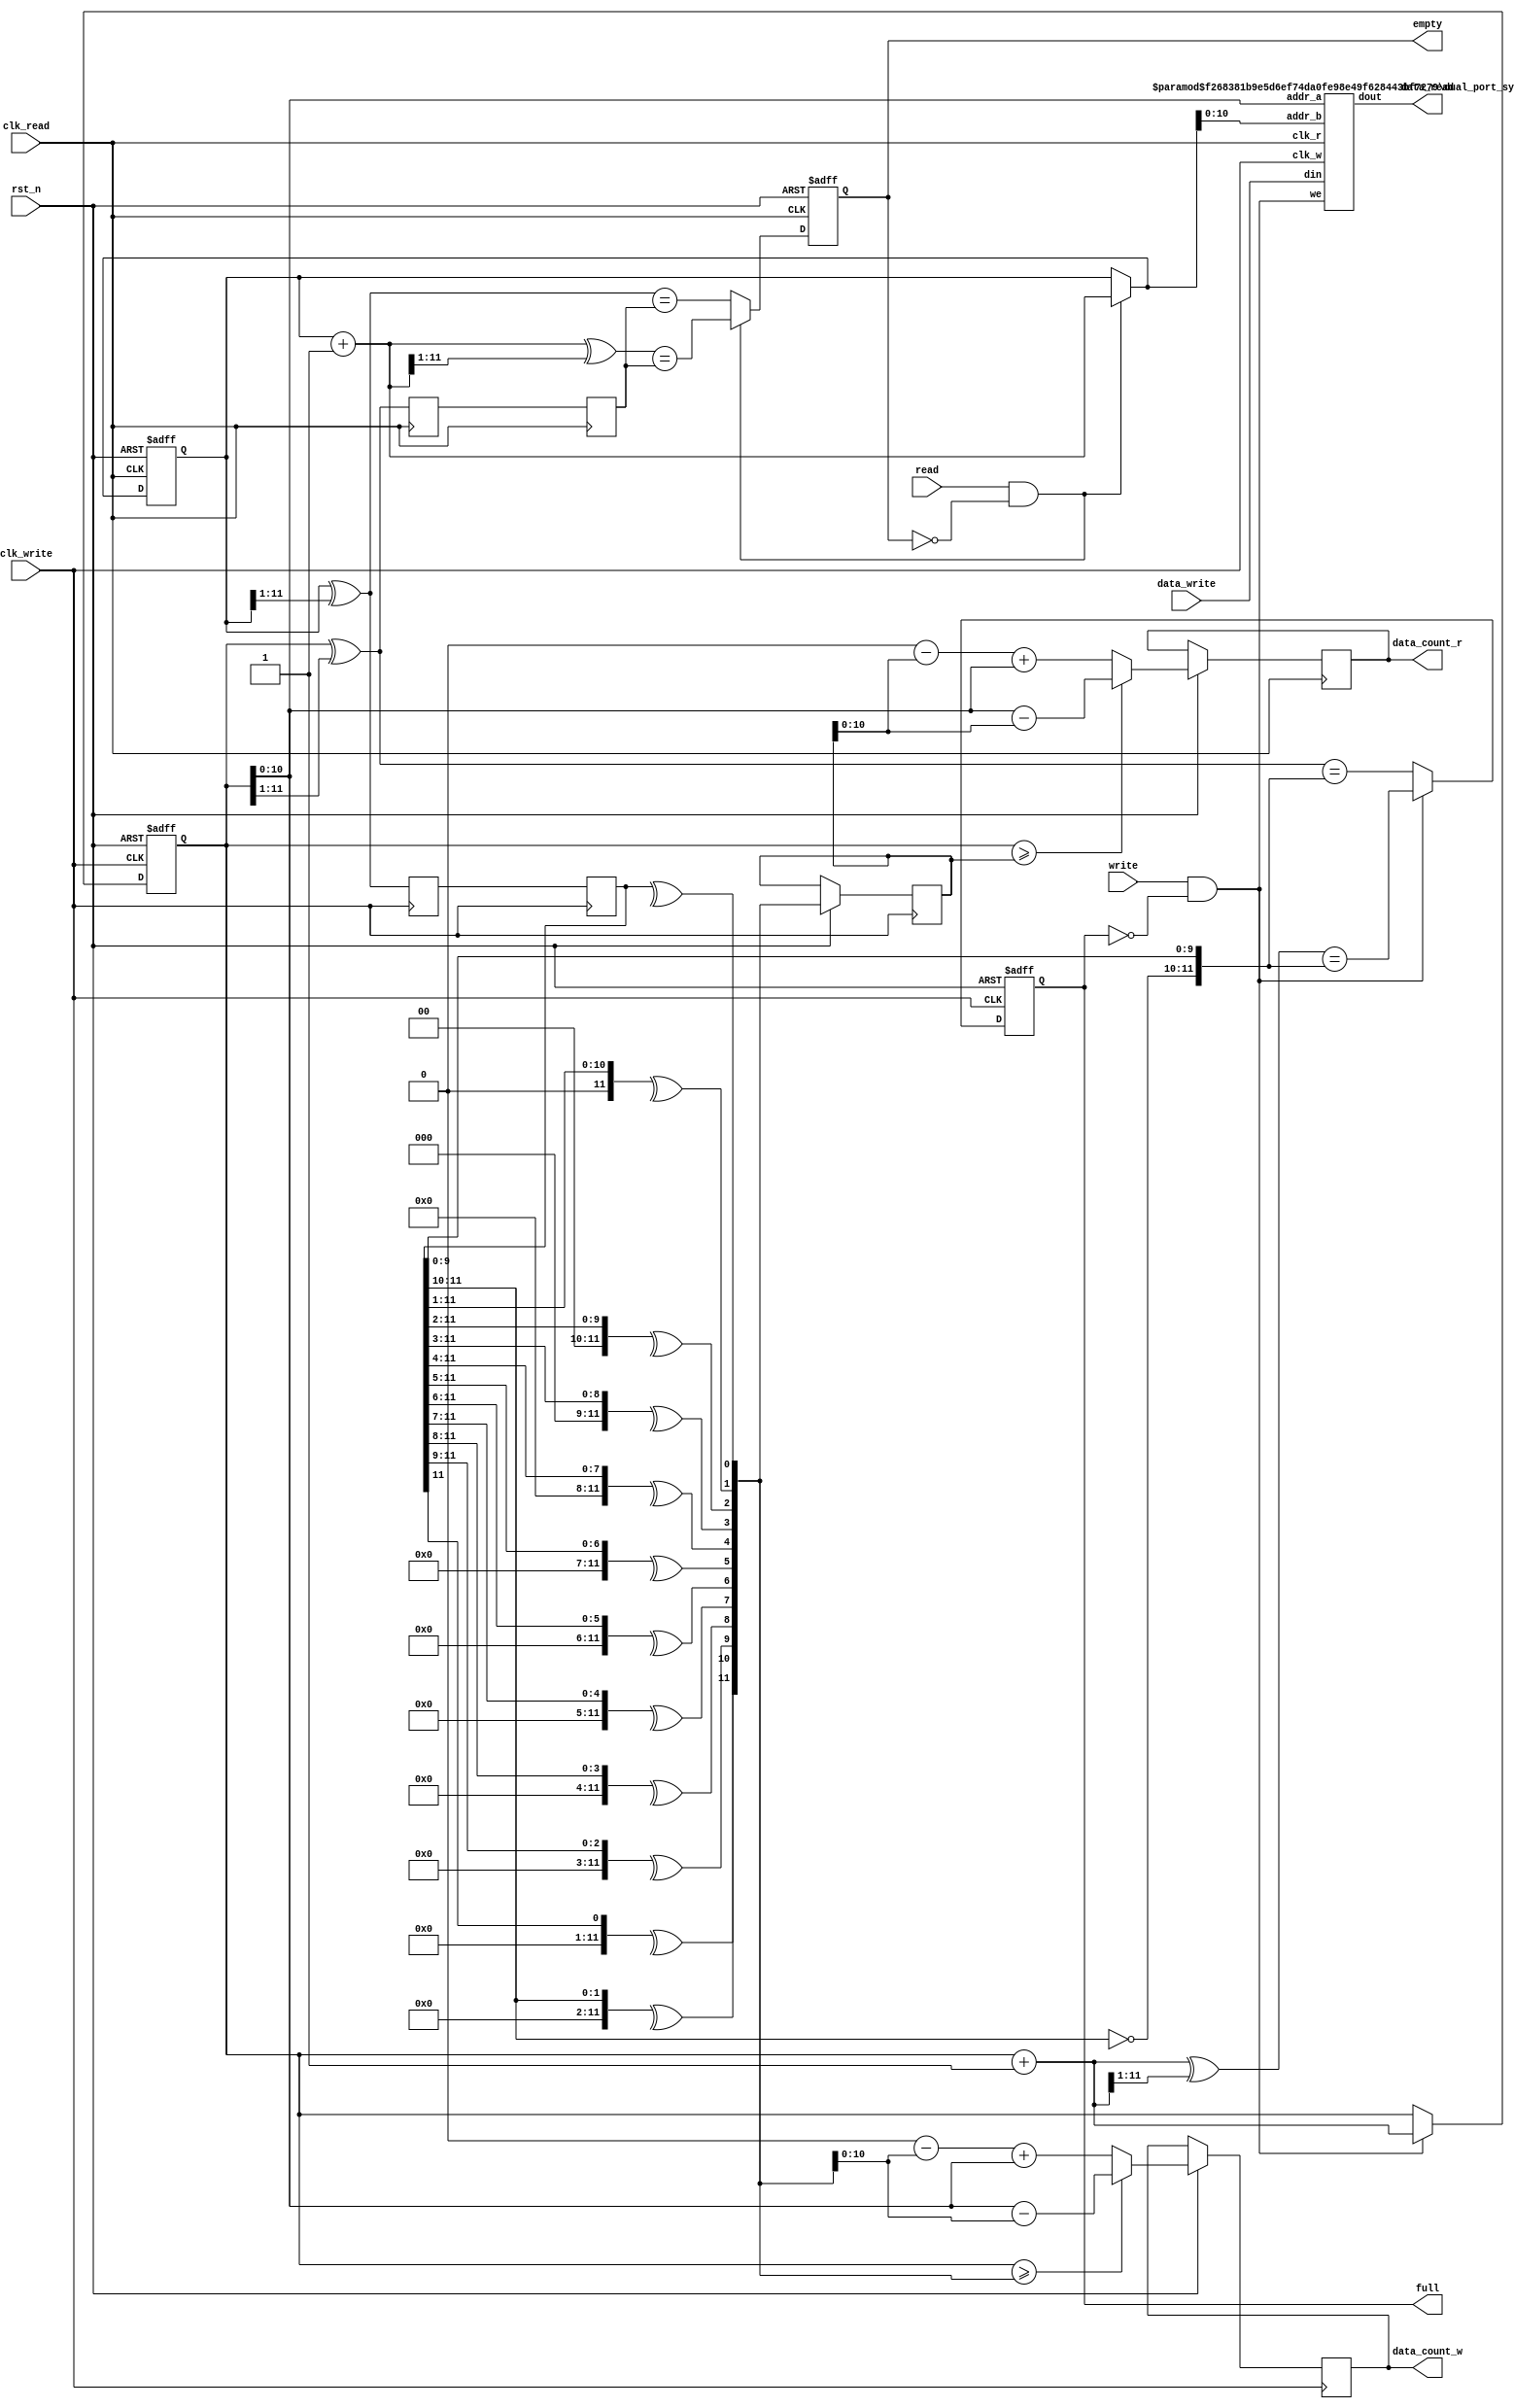
`timescale 1ns / 1ps

module async_fifo
	#(
		parameter DATA_WIDTH=8,
					 FIFO_DEPTH_WIDTH=11  //total depth will then be 2**FIFO_DEPTH_WIDTH
	)
	(
	input wire rst_n,
	input wire clk_write,clk_read, //clock input from both domains
	input wire write,read, 
	input wire [DATA_WIDTH-1:0] data_write, //input FROM write clock domain
	output [DATA_WIDTH-1:0] data_read, //output TO read clock domain
	output reg full,empty, //full=sync to write domain clk , empty=sync to read domain clk
	output reg[FIFO_DEPTH_WIDTH-1:0] data_count_w,data_count_r //counts number of data left in fifo memory(sync to either write or read clk)
    );
	 
	 
	
	 localparam FIFO_DEPTH=2**FIFO_DEPTH_WIDTH;
	 
	 ///////////////////WRITE CLOCK DOMAIN//////////////////////////////
	 reg[FIFO_DEPTH_WIDTH:0] w_ptr_q=0; //binary counter for write pointer
	 reg[FIFO_DEPTH_WIDTH:0] r_ptr_sync; //binary pointer for read pointer sync to write clk
	 reg[FIFO_DEPTH_WIDTH:0] r_grey_sync; //grey counter for the read pointer synchronized to write clock
	 reg[3:0] i; //log_2(FIFO_DEPTH_WIDTH)
	 
	 wire[FIFO_DEPTH_WIDTH:0] w_grey,w_grey_nxt; //grey counter for write pointer
	 wire we;
	 	 
	 assign w_grey=w_ptr_q^(w_ptr_q>>1); //binary to grey code conversion for current write pointer
	 assign w_grey_nxt=(w_ptr_q+1'b1)^((w_ptr_q+1'b1)>>1);  //next grey code
	 assign we= write && !full; 
	 
	 //register operation
	 always @(posedge clk_write,negedge rst_n) begin
		if(!rst_n) begin
			w_ptr_q<=0;
			full<=0;
		end
		else begin
			if(write && !full) begin //write condition
				w_ptr_q<=w_ptr_q+1'b1; 
				full <= w_grey_nxt == {~r_grey_sync[FIFO_DEPTH_WIDTH:FIFO_DEPTH_WIDTH-1],r_grey_sync[FIFO_DEPTH_WIDTH-2:0]}; //algorithm for full logic which can be observed on the grey code table
			end
			else full <= w_grey == {~r_grey_sync[FIFO_DEPTH_WIDTH:FIFO_DEPTH_WIDTH-1],r_grey_sync[FIFO_DEPTH_WIDTH-2:0]}; 
			
			for(i=0;i<=FIFO_DEPTH_WIDTH;i=i+1) r_ptr_sync[i]=^(r_grey_sync>>i); //grey code to binary converter 
			data_count_w <= (w_ptr_q>=r_ptr_sync)? (w_ptr_q-r_ptr_sync):(FIFO_DEPTH-r_ptr_sync+w_ptr_q); //compares write pointer and sync read pointer to generate data_count
		end							
	 end

	/////////////////////////////////////////////////////////////////////
	 
	 
	  ///////////////////READ CLOCK DOMAIN//////////////////////////////
	 reg[FIFO_DEPTH_WIDTH:0] r_ptr_q=0; //binary counter for read pointer
	 reg[FIFO_DEPTH_WIDTH:0] w_ptr_sync; //binary counter for write pointer sync to read clk
	 reg[FIFO_DEPTH_WIDTH:0] w_grey_sync; //grey counter for the write pointer synchronized to read clock
	 
	 wire[FIFO_DEPTH_WIDTH:0] r_grey,r_grey_nxt; //grey counter for read pointer 
	 wire[FIFO_DEPTH_WIDTH:0] r_ptr_d;
	 
	 
	 assign r_grey= r_ptr_q^(r_ptr_q>>1);  //binary to grey code conversion
	 assign r_grey_nxt= (r_ptr_q+1'b1)^((r_ptr_q+1'b1)>>1); //next grey code
	 assign r_ptr_d= (read && !empty)? r_ptr_q+1'b1:r_ptr_q;
	 
	 //register operation
	 always @(posedge clk_read,negedge rst_n) begin
		if(!rst_n) begin
			r_ptr_q<=0;
			empty<=1;
		end
		else begin
			r_ptr_q<=r_ptr_d;
			if(read && !empty) empty <= r_grey_nxt==w_grey_sync;//empty condition
			else empty <= r_grey==w_grey_sync; 
			
			for(i=0;i<=FIFO_DEPTH_WIDTH;i=i+1) w_ptr_sync[i]=^(w_grey_sync>>i); //grey code to binary converter
			data_count_r = (w_ptr_q>=r_ptr_sync)? (w_ptr_q-r_ptr_sync):(FIFO_DEPTH-r_ptr_sync+w_ptr_q); //compares read pointer to sync write pointer to generate data_count
		end
	 end
	 ////////////////////////////////////////////////////////////////////////
	 
	 
	 /////////////////////CLOCK DOMAIN CROSSING//////////////////////////////
	 reg[FIFO_DEPTH_WIDTH:0] r_grey_sync_temp;
	 reg[FIFO_DEPTH_WIDTH:0] w_grey_sync_temp;
	 always @(posedge clk_write) begin //2 D-Flipflops for reduced metastability in clock domain crossing from READ DOMAIN to WRITE DOMAIN
		r_grey_sync_temp<=r_grey; 
		r_grey_sync<=r_grey_sync_temp;
	 end
	 always @(posedge clk_read) begin //2 D-Flipflops for reduced metastability in clock domain crossing from WRITE DOMAIN to READ DOMAIN
		w_grey_sync_temp<=w_grey;
		w_grey_sync<=w_grey_sync_temp;
	 end
	 
	//////////////////////////////////////////////////////////////////////////
	 
	 
	 
	//instantiation of dual port block ram
	dual_port_sync #(.ADDR_WIDTH(FIFO_DEPTH_WIDTH) , .DATA_WIDTH(DATA_WIDTH)) m0
	(
		.clk_r(clk_read),
		.clk_w(clk_write),
		.we(we),
		.din(data_write),
		.addr_a(w_ptr_q[FIFO_DEPTH_WIDTH-1:0]), //write address
		.addr_b(r_ptr_d[FIFO_DEPTH_WIDTH-1:0] ), //read address ,addr_b is already buffered inside this module so we will use the "_d" ptr to advance the data(not "_q")
		.dout(data_read)
	);

endmodule
	//inference template for dual port block ram
module dual_port_sync
	#(
		parameter ADDR_WIDTH=11, //2k by 8 dual port synchronous ram(16k block ram)
					 DATA_WIDTH=8
	)
	(
		input wire clk_r,
		input wire clk_w,
		input wire we, 
		input wire[DATA_WIDTH-1:0] din,
		input wire[ADDR_WIDTH-1:0] addr_a,addr_b, //addr_a for write, addr_b for read
		output wire[DATA_WIDTH-1:0] dout
	);
	
	reg[DATA_WIDTH-1:0] ram[2**ADDR_WIDTH-1:0];
	reg[ADDR_WIDTH-1:0] addr_b_q;
	
	always @(posedge clk_w) begin
		if(we) ram[addr_a]<=din;
	end
	always @(posedge clk_r) begin
		addr_b_q<=addr_b;	
	end
	assign dout=ram[addr_b_q];
	
endmodule